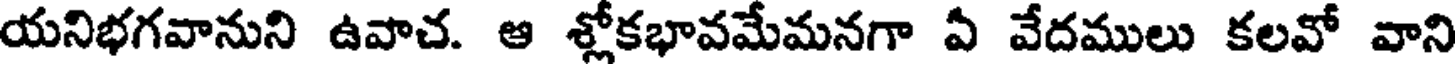
యనిభగవానుని ఉవాచ. ఆ శ్లోకభావమేమనగా ఏ వేదములు కలవో వాని